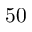
5 0